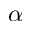
\alpha